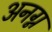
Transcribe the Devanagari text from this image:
अनग्न